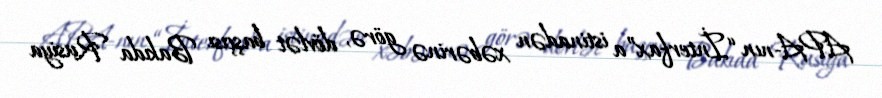
APA-nın “İnterfax”a istinadən xəbərinə görə, dövlət başçısı Bakıda Rusiya